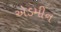
એડમીન